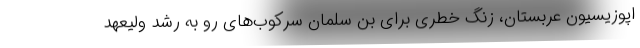
اپوزیسیون عربستان، زنگ خطری برای بن سلمان سرکوب‌های رو به رشد ولیعهد